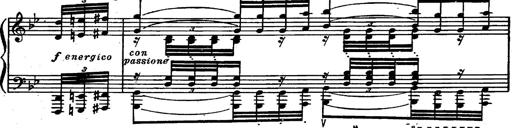
Title: Magyar rapszÃ³diÃ¡k
Composer: Franz Liszt